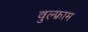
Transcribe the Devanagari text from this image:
वुल्फ्राम